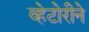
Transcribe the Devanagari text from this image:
व्हेटोरीने